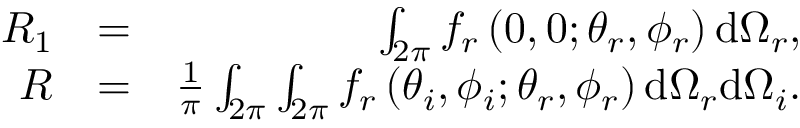
\begin{array} { r l r } { R _ { 1 } } & { = } & { \int _ { 2 \pi } f _ { r } \left( 0 , 0 ; \theta _ { r } , \phi _ { r } \right) \mathrm { d } \Omega _ { r } , } \\ { R } & { = } & { \frac { 1 } { \pi } \int _ { 2 \pi } \int _ { 2 \pi } f _ { r } \left( \theta _ { i } , \phi _ { i } ; \theta _ { r } , \phi _ { r } \right) \mathrm { d } \Omega _ { r } \mathrm { d } \Omega _ { i } . } \end{array}